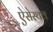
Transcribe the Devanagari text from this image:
ऐसेस्थल